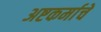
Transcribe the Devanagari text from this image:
अष्टकर्माचे